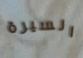
السيرة